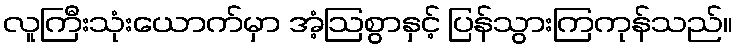
လူကြီးသုံးယောက်မှာ အံ့ဩစွာနှင့် ပြန်သွားကြကုန်သည်။